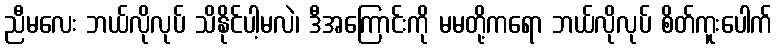
ညီမလေး ဘယ်လိုလုပ် သိနိုင်ပါ့မလဲ၊ ဒီအကြောင်းကို မမတို့ကရော ဘယ်လိုလုပ် စိတ်ကူးပေါက်